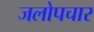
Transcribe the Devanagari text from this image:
जलोपचार